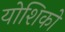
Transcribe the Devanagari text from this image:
योशिको